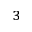
^ 3